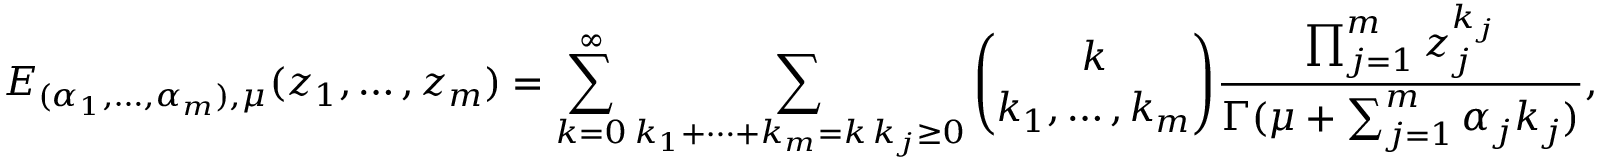
E _ { ( \alpha _ { 1 } , \dots , \alpha _ { m } ) , \mu } ( z _ { 1 } , \dots , z _ { m } ) = \sum _ { k = 0 } ^ { \infty } \sum _ { \substack { k _ { 1 } + \dots + k _ { m } = k \, k _ { j } \geq 0 } } \binom { k } { k _ { 1 } , \dots , k _ { m } } \frac { \prod _ { j = 1 } ^ { m } z _ { j } ^ { k _ { j } } } { \Gamma ( \mu + \sum _ { j = 1 } ^ { m } \alpha _ { j } k _ { j } ) } ,